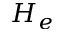
H _ { e }